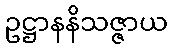
ဥဋ္ဌာနနိသဇ္ဇာယ